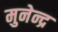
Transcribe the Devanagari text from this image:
मुनेन्द्र